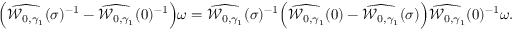
\Bigl ( \widehat { \mathcal { W } _ { 0 , \gamma _ { 1 } } } ( \sigma ) ^ { - 1 } - \widehat { \mathcal { W } _ { 0 , \gamma _ { 1 } } } ( 0 ) ^ { - 1 } \Bigr ) \omega = \widehat { \mathcal { W } _ { 0 , \gamma _ { 1 } } } ( \sigma ) ^ { - 1 } \Bigl ( \widehat { \mathcal { W } _ { 0 , \gamma _ { 1 } } } ( 0 ) - \widehat { \mathcal { W } _ { 0 , \gamma _ { 1 } } } ( \sigma ) \Bigr ) \widehat { \mathcal { W } _ { 0 , \gamma _ { 1 } } } ( 0 ) ^ { - 1 } \omega .